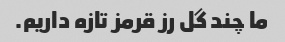
ما چند گل رز قرمز تازه داریم.